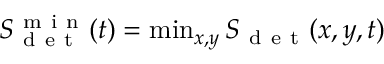
\begin{array} { r } { S _ { \mathrm { ~ d ~ e ~ t ~ } } ^ { \mathrm { ~ m ~ i ~ n ~ } } ( t ) = \operatorname* { m i n } _ { x , y } S _ { \mathrm { ~ d ~ e ~ t ~ } } ( x , y , t ) } \end{array}